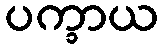
ပက္ခာယ